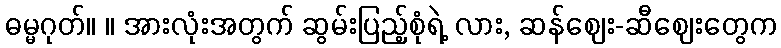
ဓမ္မဂုတ်။ ။ အားလုံးအတွက် ဆွမ်းပြည့်စုံရဲ့ လား, ဆန်ဈေး-ဆီဈေးတွေက